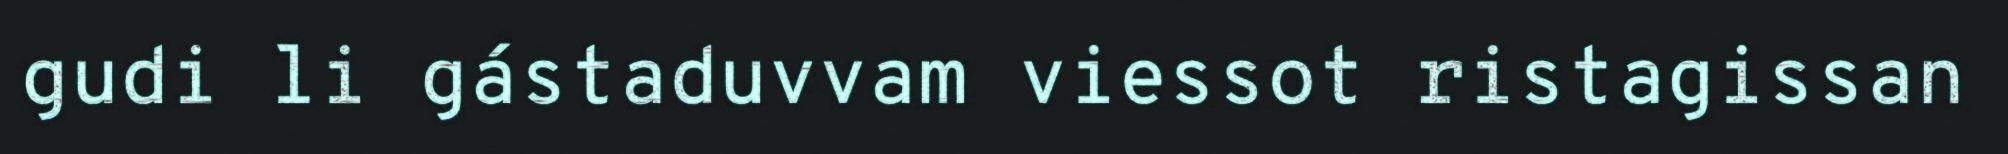
gudi li gástaduvvam viessot ristagissan